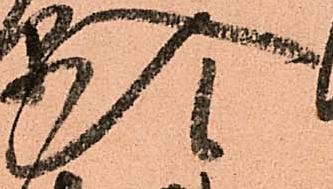
入